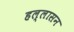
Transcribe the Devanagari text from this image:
हल्लासन